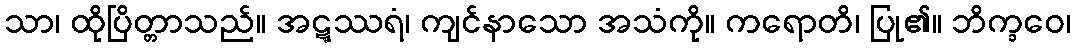
သာ၊ ထိုပြိတ္တာသည်။ အဋ္ဋဿရံ၊ ကျင်နာသော အသံကို။ ကရောတိ၊ ပြု၏။ ဘိက္ခဝေ၊